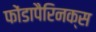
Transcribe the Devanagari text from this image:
फोंडापैरिनक्स